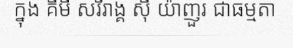
ក្នុង គីមី សរីរាង្គ ស៊ី យ៉ាញួរ ជាធម្មតា